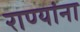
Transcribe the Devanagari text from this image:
राण्यांना